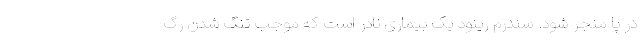
در پا منجر شود. سندرم رینود یک بیماری نادر است که موجب تنگ شدن رگ